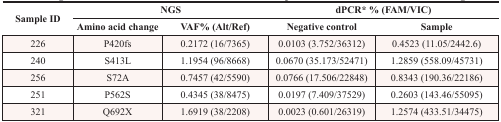
<table><thead><tr><td rowspan="2"><b>Sample ID</b></td><td colspan="2"><b>NGS</b></td><td colspan="2"><b>dPCR* % (FAM/VIC)</b></td></tr><tr><td><b>Amino acid change</b></td><td><b>VAF% (Alt/Ref)</b></td><td><b>Negative control</b></td><td><b>Sample</b></td></tr></thead><tbody><tr><td>226</td><td>P420fs</td><td>0.2172 (16/7365)</td><td>0.0103 (3.752/36312)</td><td>0.4523 (11.05/2442.6)</td></tr><tr><td>240</td><td>S413L</td><td>1.1954 (96/8668)</td><td>0.0670 (35.173/52471)</td><td>1.2859 (558.09/45731)</td></tr><tr><td>256</td><td>S72A</td><td>0.7457 (42/5590)</td><td>0.0766 (17.506/22848)</td><td>0.8343 (190.36/22186)</td></tr><tr><td>251</td><td>P562S</td><td>0.4345 (38/8475)</td><td>0.0197 (7.409/37529)</td><td>0.2603 (143.46/55095)</td></tr><tr><td>321</td><td>Q692X</td><td>1.6919 (38/2208)</td><td>0.0023 (0.601/26319)</td><td>1.2574 (433.51/34475)</td></tr></tbody></table>